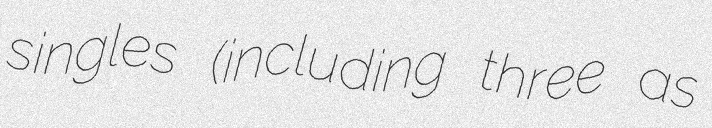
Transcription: singles (including three as